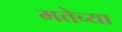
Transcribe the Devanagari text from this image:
मत्तेच्या